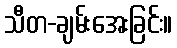
သီတ-ချမ်းအေးခြင်း။